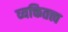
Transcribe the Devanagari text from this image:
व्यक्तितत्त्व